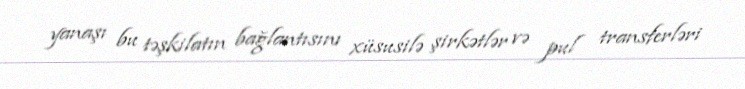
yanaşı bu təşkilatın bağlantısını xüsusilə şirkətlər və pul transferləri